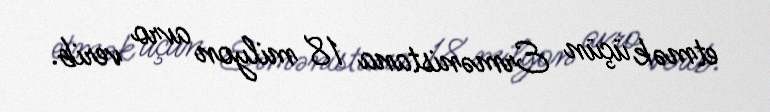
etmək üçün Ermənistana 18 milyon avro verib.